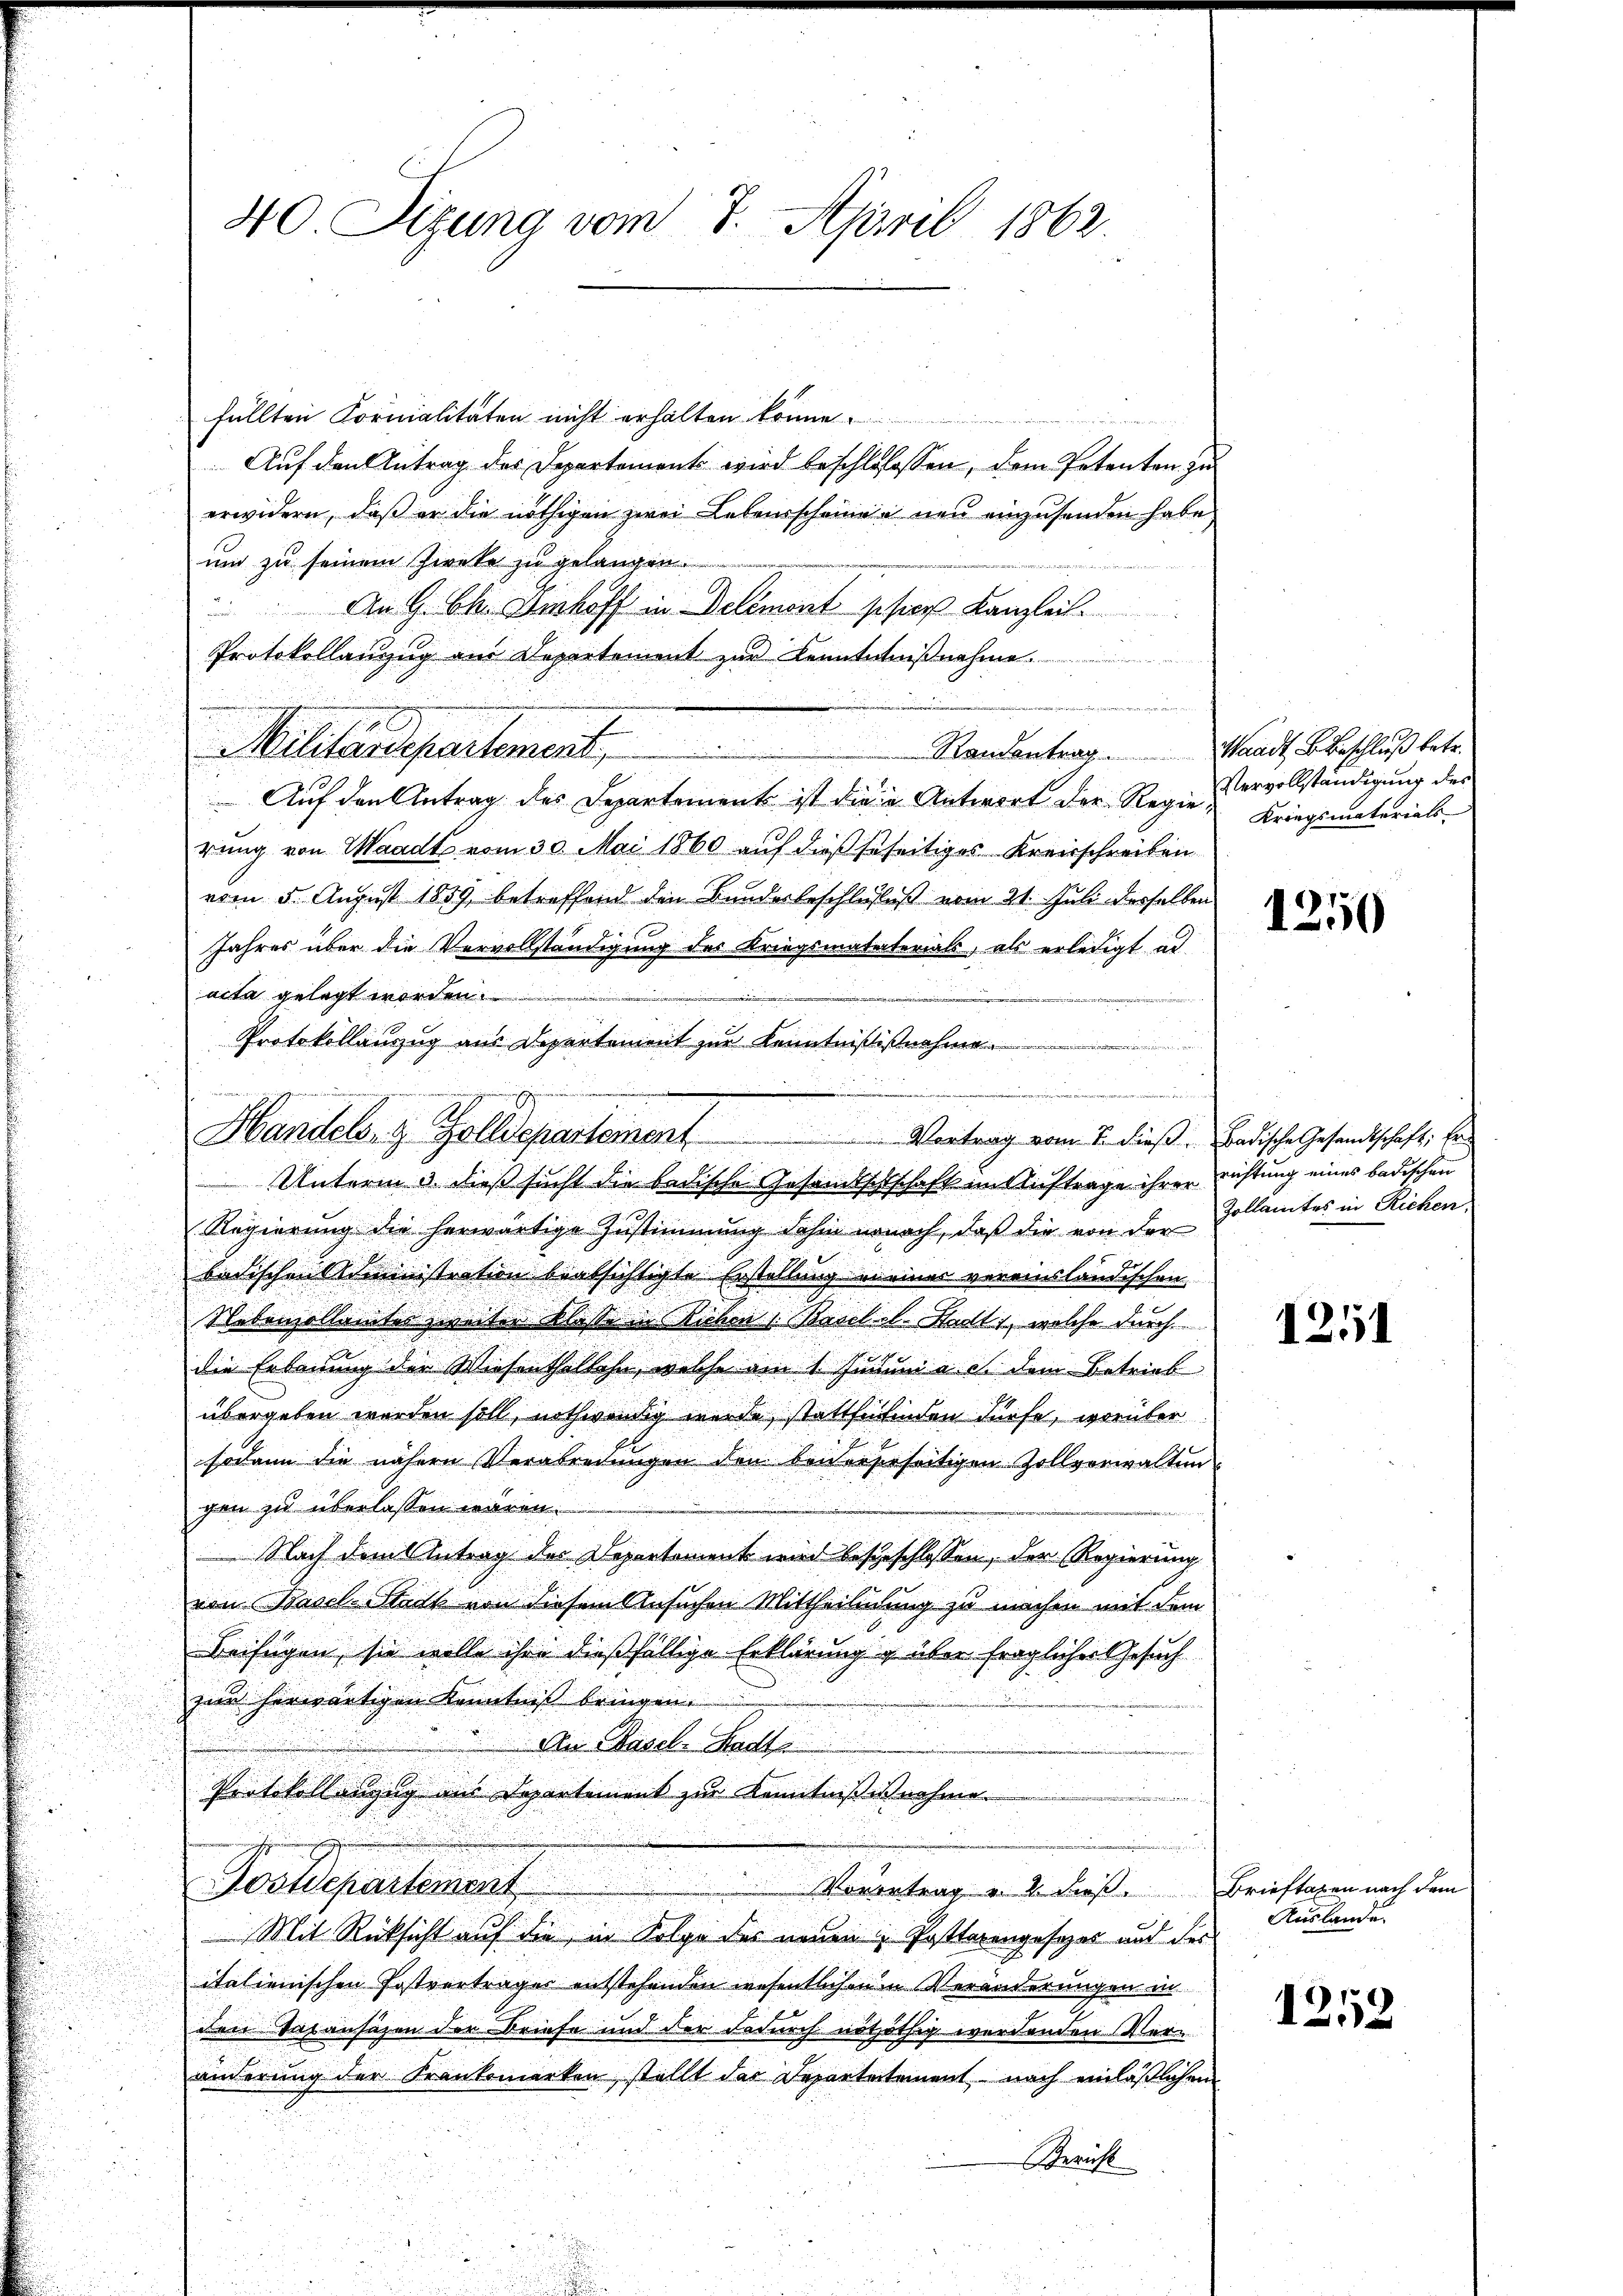
40. Sizung vom 7. April 1862.

füllten Fornialitäten nicht erhalten könne.
Auf den Antrag des Departements wird beschlosssen, dem Petenten zu
i
erwidern, daß er die nöthigen zwei Lebensscheiner neu einzusenden habe,
un zu seinem Zwecke zu gelangen.
An G. Chr. Imhoff in Delement sehrer Kanzleit
Protokollanzug am Departement zur Kenntntnißnahme.   . . . . . . . . . . . . . .

Randentrag. Waadt, B. Beschluß betr.
Militärdepartement,
Auf den Antrag des Departement ist die in Antwort der Regierung von Waadt vom 30. Mai 1860 auf dieß beseitiges Kreisschreiben
vom 5. August 1859, betreffend den Bundesbeschlusses vom 21. Juli desselben
Jahres über die Vervollständigung des Kriegsmataterials, als erledigt ad
acta gelegt werden.
e
Protokollauszug aus Departement zur Kenntnißisnahme..............................
Vortrag vom 7. dieß. Badische Gesandtschaft Er
Unterm 3. dieß sucht die bedische Gesandtschschaft mit Auftrage ihrer richtung eines badischen
Regierung die herwärtige Zustimmung dahin monach, daß die von der Vollamtes in Richen,
badischen Administration beabsichtigte Erstellung meiner vereinsländischen
Nebenzollamtes zweiter Klasse in Richen s. Basel el. Stadts, welche durch
die Erbauung der Wiesenthaltehn, welche am 1. Jununi a. c. dem Betrieb
übergeben worden soll, nothwendig wurde stattfinden dürfe, worüber
sodann die nähern Verabredungen den beiderseeseitigen Zollverwaltun
gen zu überlassen wären.
 Nach dem Antrag der Departement wird besgeschlossen, der Regierung
von Basel Stack von diesem Ansuchen Mittheiligung zu machen mit dem
Beifügen, sie wolle ihre dießfällige Erklärung g über fraglicher Gesuch
zwar herwärtigen Kenntniß bringen.
Den Basel. Hade
Protokollengung aus Departement zur Kenntnißisnahme........................
Postdepartement,
Vorertrag u. 4 dieß.
Mit Rücksicht auf die in Folge des neuen Postterengesezes aud der
italienischen Postvertrages entstehenden wesentlichen in Veränderungen in
den Bezansätzen der Briefe und der dadurch nöthöthig werdenden Veränderung der Frankomerken, stellt das Departetement nach einläßlichem
Gericht

edenen der
Handel. z. Zolldepartement

Vervollständigung des
Kriegsmaterials

1250

1251

Brieftaxen nach dem
Auslande

1252